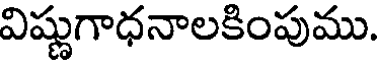
విష్ణుగాధనాలకింపుము.